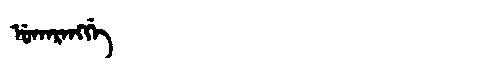
Manchu: ᡠᡴᠠᡵᠠᠩᡤᡝ
Romanization: UKARANGGE